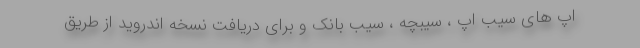
اپ های سیب اپ ، سیبچه ، سیب بانک و برای دریافت نسخه اندروید از طریق